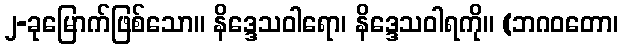
၂-ခုမြောက်ဖြစ်သော။ နိဒ္ဒေသဝါရော၊ နိဒ္ဒေသဝါရကို။ (ဘဂဝတော၊